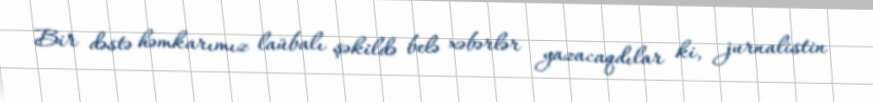
Bir dəstə həmkarımız laübalı şəkildə belə xəbərlər yazacaqdılar ki, jurnalistin